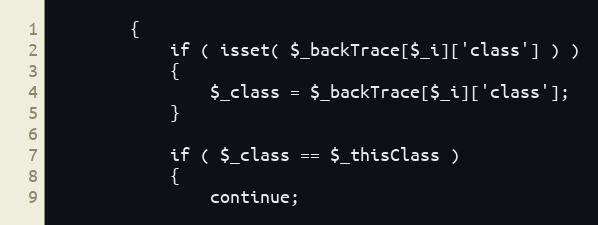
Language: PHP
        {
            if ( isset( $_backTrace[$_i]['class'] ) )
            {
                $_class = $_backTrace[$_i]['class'];
            }

            if ( $_class == $_thisClass )
            {
                continue;